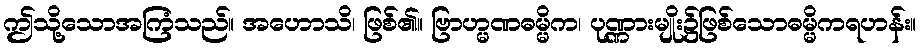
ဤသို့သောအကြံသည်။ အဟောသိ၊ ဖြစ်၏။ ဗြာဟ္မဏဓမ္မိက၊ ပုဏ္ဏားမျိုး၌ဖြစ်သောဓမ္မိကရဟန်း။